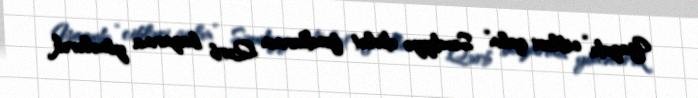
Yazıda “cibləri qalın” Səudiyyə dövlət fondlarının Qərb bazarına yönələrək